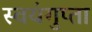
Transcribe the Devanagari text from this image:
स्वयंगुप्ता